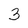
Character: 3